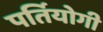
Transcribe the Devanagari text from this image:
पर्तियोगी